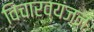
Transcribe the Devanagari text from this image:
विचारव्यंजन